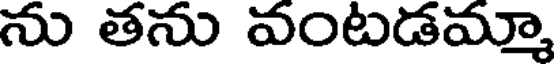
ను తను వంటడమ్మా